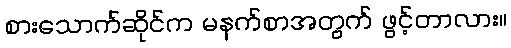
စားသောက်ဆိုင်က မနက်စာအတွက် ဖွင့်တာလား။